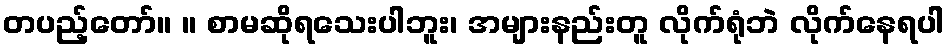
တပည့်တော်။ ။ စာမဆိုရသေးပါဘူး၊ အများနည်းတူ လိုက်ရုံဘဲ လိုက်နေရပါ